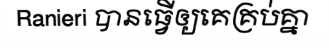
Ranieri បានធ្វើឲ្យគេគ្រប់គ្នា